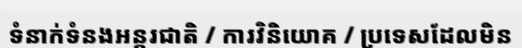
ទំនាក់ទំនងអន្តរជាតិ / ការវិនិយោគ / ប្រទេសដែលមិន